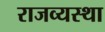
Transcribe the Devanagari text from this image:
राजव्यस्था